Report of the Bombay Veterinary College
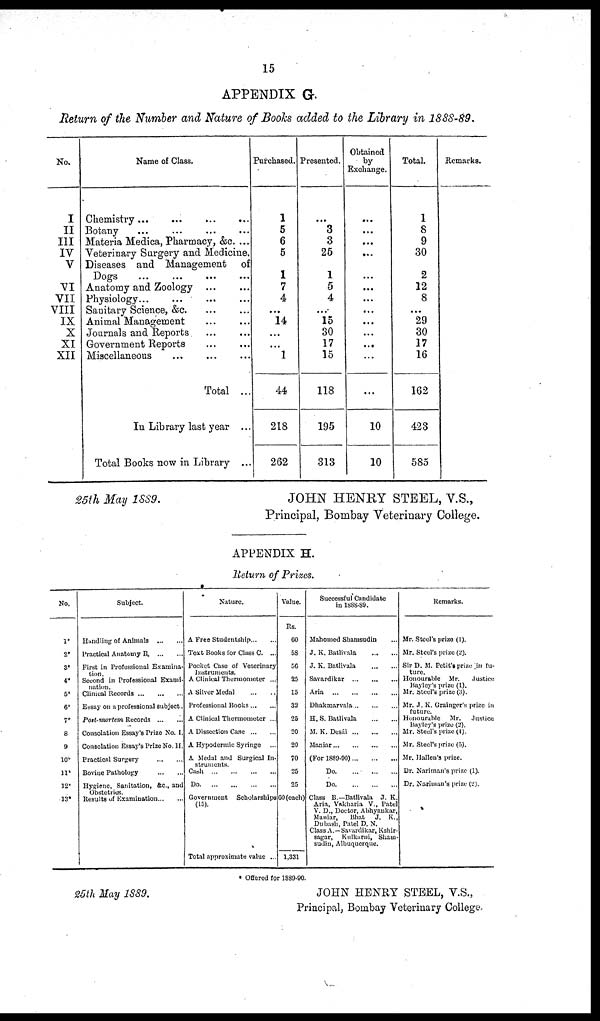
15
APPENDIX G.
Return of the Number and Nature of Books added to the Library in 1888-89.
No.
I
II
III
IV
V
VI
VII
VIII
IX
X
XI
XII
Name of Class.
Chemistry...
...
...
...
Botany
...
...
...
...
Materia Medica, Pharmacy, &c. ...
Veterinary Surgery and Medicine.
Diseases and Management of
Dogs
...
...
...
...
Anatomy and Zoology
...
Physiology... ... ... ...
..
Sanitary Science, &c.
...
Animal
Management...
...
Journals and Reports
...
Government Reports...
Miscellaneous... ... ...
Total ...
In Library last year ...
Total Books now in Library ...
Purchased.
1
5
6
5
1
7
4
...
14
...
...
1
44
218
262
Presented.
...
3
3
25
1
5
4
...
15
30
17
15
118
195
313
Obtained
by
Exchange.
...
...
...
...
...
...
...
...
...
...
...
...
10
10
Total.
1
8
9
30
2
12
8
...
29
30
17
16
162
423
585
Remarks.
25th May 1889.
JOHN HENRY STEEL, V.S.,
Principal, Bombay Veterinary College.
APPENDIX H.
Return of Prizes.
No.
1*
2*
3*
4*
5*
6*
7*
8
9
10*
11*
12*
13*
Subject.
Handling of Animals
Practical Anatomy B.
First in Professional Examina-
tion.
Second in Professional Exami-
nation.
Clinical Records
Essay on a professional subject.
Post-mortem Records ...
...
Consolation Essay's Prize No. I.
Consolation Essay's Prize No. II.
Practical Surgery
Bovine Pathology
...
...
Hygiene, Sanitation, &c, and
Obstetrics.
Results of Examination... ...
Nature.
A Free Studentship ... ...
Text Books for Class C. ...
Pocket Case of Veterinary
Instruments.
A Clinical Thermometer ...
A Silver Medal
...
...
Professional Books... ...
A Clinical Thermometer ...
A Dissection Case ... ...
A Hypodermic Syringe ...
A Medal and Surgical In¬
struments
Cash
...
...
...
...
Do
...
...
...
...
Government Scholarships
(15).
Total approximate value ...
Value.
Rs.
60
58
06
25
15
32
25
20
20
70
25
25
60(each)
1,331
Successful Candidate
in 1888-89.
Mahomed Shamsudin
J. K. Batlivala
...
...
J. K. Batlivala
...
...
Savardikar
...
...
Aria
...
...
Dhakmarvala
...
...
H. S. Batlivala
...
...
M. K. Desái
...
...
Maniar
...
...
(For 1889-90)
...
...
Do.
...
...
Do
...
...
Class B.—Batlivala .J. K.
Aria, Vakliaria V., Patel
V. D., Doctor, Abhyankar,
Maniar,
Bhat J. K.,
Dubash, Patel D. N.
Class A.—Savardikar, Kshir-
sagar, Kulkarni, Sham-
sudin, Albuquerque.
Remarks.
Mr. Steel's prize (1).
Mr. Steel's prize (2).
Sir D. M. Petit's prize in fu-
ture.
Honourable Mr.
Justice
Bayley's prize (1).
Mr. Steel's prize (3).
Mr. J. K. Grainger's prize in
future.
Honourable Mr. Justice
Bayley's prize (2).
Mr. Steel's prize (4).
Mr. Steel's prize (5).
Mr. Hallen's prize.
Dr. Nariman's prize (1).
Dr. Nariman's prize (2).
Offered for 1889-90.
25th May 1889.
JOHN HENRY STEEL, V.S.,
Principal, Bombay Veterinary College